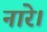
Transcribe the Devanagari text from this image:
नारे।